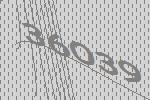
36039